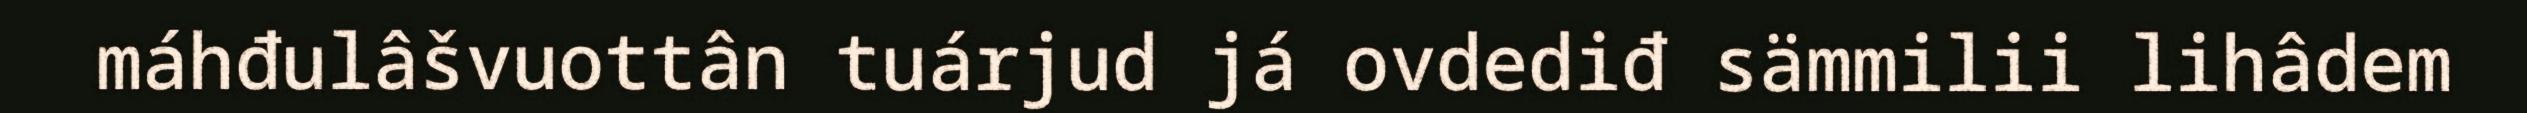
máhđulâšvuottân tuárjud já ovdediđ sämmilii lihâdem